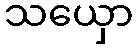
သယှော